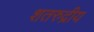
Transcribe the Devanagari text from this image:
शतरुद्रीय